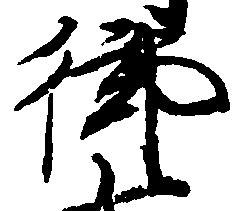
御